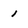
Character: I